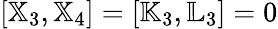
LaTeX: [{\mathbb X}_{3},{\mathbb X}_{4}]=[{\mathbb K}_{3},{\mathbb L}_{3}]=0